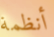
أنظمة